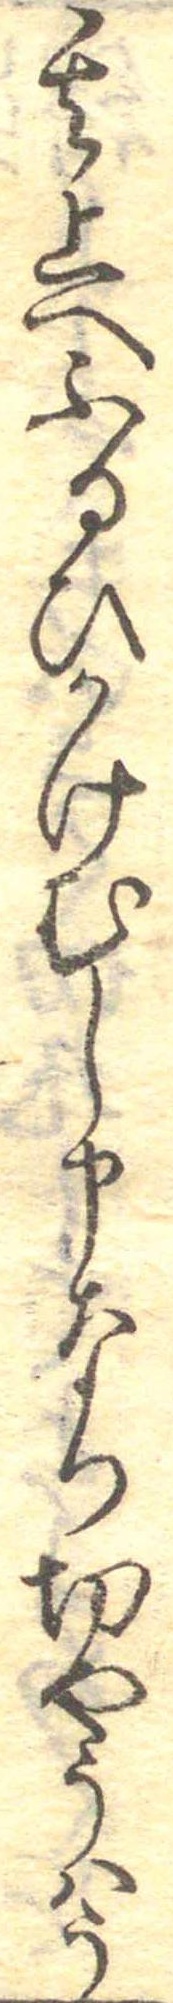
其上へふるひかけむし申なり切やうはう